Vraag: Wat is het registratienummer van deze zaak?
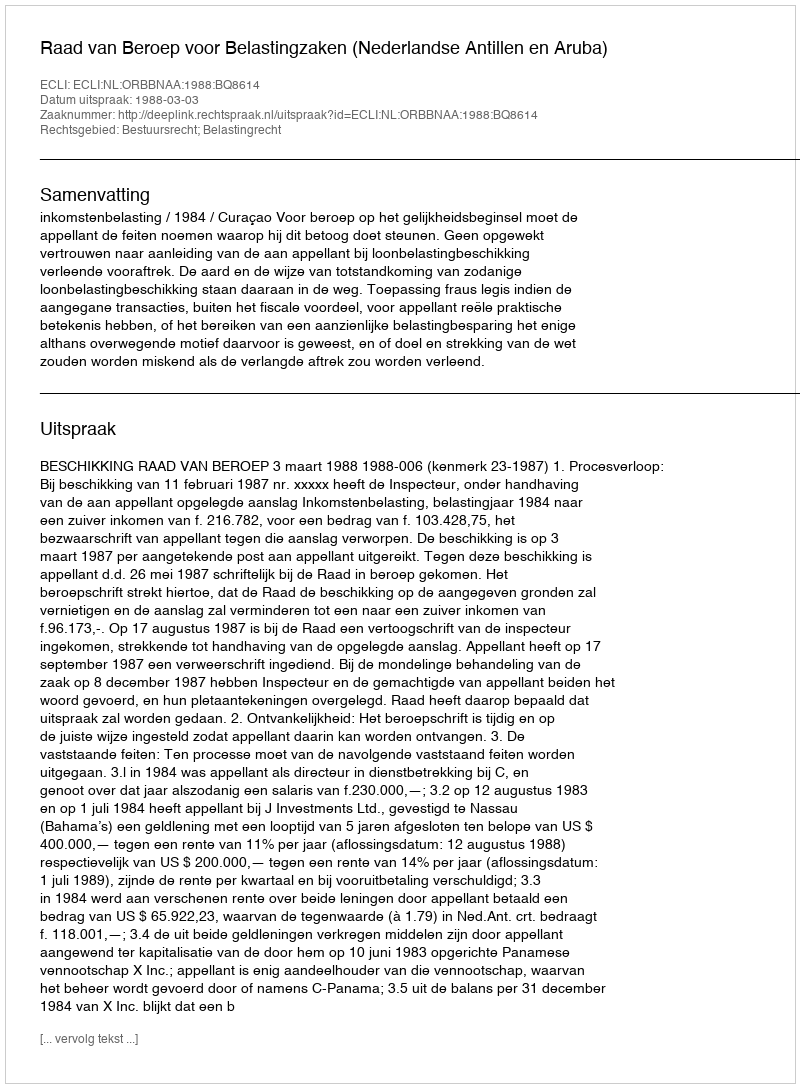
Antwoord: http://deeplink.rechtspraak.nl/uitspraak?id=ECLI:NL:ORBBNAA:1988:BQ8614